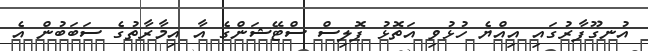
އުނގޫފާރުގައި އިއްޔެ ހުޅުވި އަތޮޅު ޕޮލިސް ސްޓޭޝަންގެ އާ އިމާރާތުގެ ސަބަބުން އެ